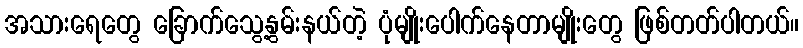
အသားရေတွေ ခြောက်သွေ့နွမ်းနယ်တဲ့ ပုံမျိုးပေါက်နေတာမျိုးတွေ ဖြစ်တတ်ပါတယ်။